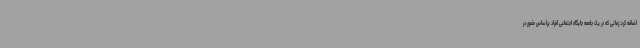
اضافه کرد: زمانی که در یک جامعه جایگاه اجتماعی افراد براساس حضور در